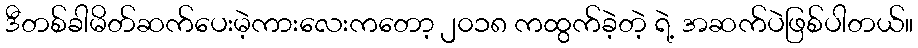
ဒီတစ်ခါမိတ်ဆက်ပေးမဲ့ကားလေးကတော့ ၂၀၁၈ ကထွက်ခဲ့တဲ့ ရဲ့ အဆက်ပဲဖြစ်ပါတယ်။